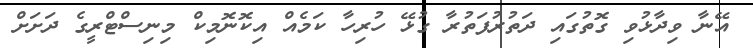
އޭނާ ވިދާޅުވި ގޮތުގައި ދަތުރުފަތުރާ ގުޅޭ ހުރިހާ ކަމެއް އިކޮނޮމިކް މިނިސްޓްރީގެ ދަށަށް